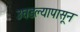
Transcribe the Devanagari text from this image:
उघडल्यापासून